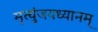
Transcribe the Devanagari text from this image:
मृत्युंजयध्यानम्‌